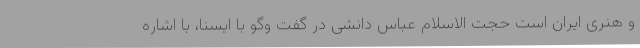
و هنری ایران است حجت الاسلام عباس دانشی در گفت وگو با ایسنا، با اشاره